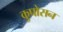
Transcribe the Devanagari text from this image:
कुपोसन